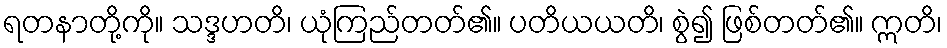
ရတနာတို့ကို။ သဒ္ဒဟတိ၊ ယုံကြည်တတ်၏။ ပတိယယတိ၊ စွဲ၍ ဖြစ်တတ်၏။ ဣတိ၊